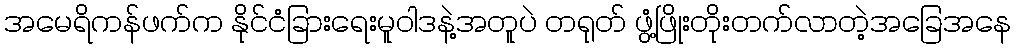
အမေရိကန်ဖက်က နိုင်ငံခြားရေးမူဝါဒနဲ့အတူပဲ တရုတ် ဖွံ့ဖြိုးတိုးတက်လာတဲ့အခြေအနေ